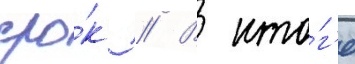
сро́к // В ито́г'е